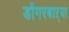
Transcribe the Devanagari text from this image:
डोंगरबाऱ्या